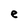
Character: e